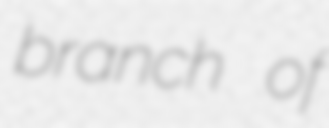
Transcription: branch of